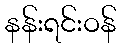
နန်းရင်းဝန်